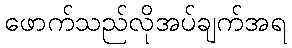
ဖောက်သည်လိုအပ်ချက်အရ